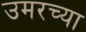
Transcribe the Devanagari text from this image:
उमरच्या